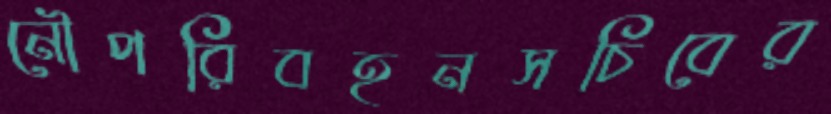
নৌপরিবহনসচিবের